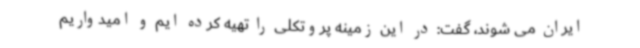
ایران می شوند، گفت: در این زمینه پروتکلی را تهیه کرده ایم و امیدواریم